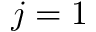
j = 1